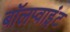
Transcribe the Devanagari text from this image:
बॉलप्वाइंट